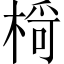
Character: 𪲾